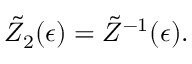
\tilde { Z } _ { 2 } ( \epsilon ) = \tilde { Z } ^ { - 1 } ( \epsilon ) .